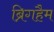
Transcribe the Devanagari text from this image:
ब्रिगहैम